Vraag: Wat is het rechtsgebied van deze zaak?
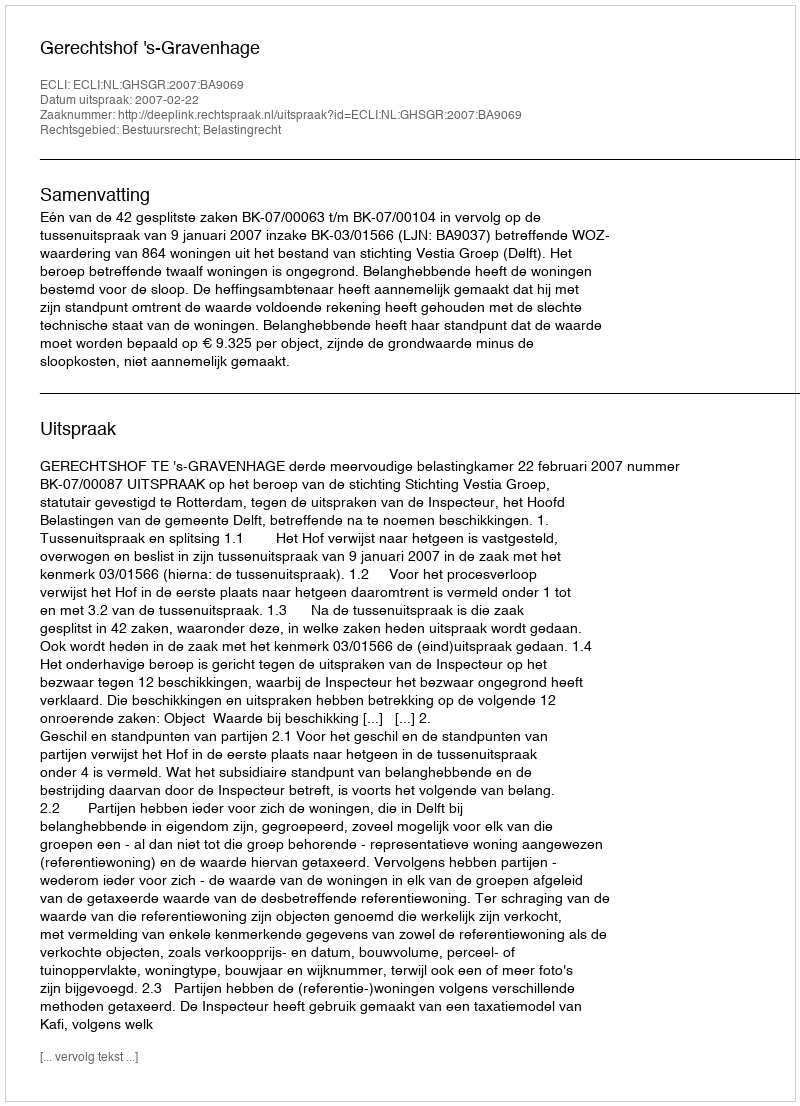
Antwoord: Bestuursrecht; Belastingrecht